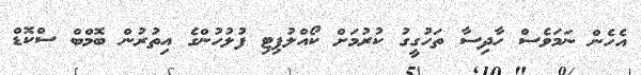
އެހެން ނަމަވެސް ހާދިސާ ތަހުގީގު ކުރުމަށް ކޯއްލުޕިޓި ފުލުހުންގެ އިތުރުން ބޮމްބް ސްކޮޑް